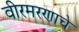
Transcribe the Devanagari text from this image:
वीरमरणाचे